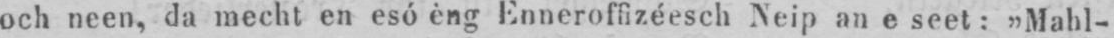
och neen, da mecht en esó èng Enneroffizéesch Neip an e seet: „Mahl-